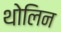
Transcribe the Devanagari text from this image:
थोलिन